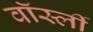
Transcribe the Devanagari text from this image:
वॉर्स्ली